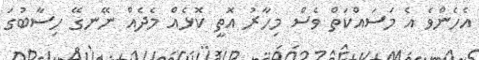
އެހެންވެ އެ މަސައްކަތް ވެސް މިހާރު އޮތީ ކޮޅެއް މެދެއް ނޭނގޭ ހިސާބުގަ